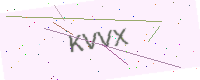
Text: KVVX